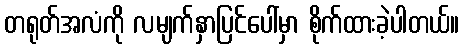
တရုတ်အလံကို လမျက်နှာပြင်ပေါ်မှာ စိုက်ထားခဲ့ပါတယ်။